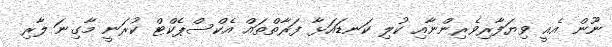
ނޫން އެއީ ވިޔަފާރިވެރިންނާއި ކުލި ކަނޑައަޅާ ފަރާތްތައް އެކްސްޕެކްޓް ކުރަނީ މާގިނަ ލާރި